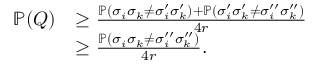
\begin{array} { r l } { \mathbb { P } ( Q ) } & { \ge \frac { \mathbb { P } ( \sigma _ { i } \sigma _ { k } \ne \sigma _ { i } ^ { \prime } \sigma _ { k } ^ { \prime } ) + \mathbb { P } ( \sigma _ { i } ^ { \prime } \sigma _ { k } ^ { \prime } \ne \sigma _ { i } ^ { \prime \prime } \sigma _ { k } ^ { \prime \prime } ) } { 4 r } } \\ & { \ge \frac { \mathbb { P } ( \sigma _ { i } \sigma _ { k } \ne \sigma _ { i } ^ { \prime \prime } \sigma _ { k } ^ { \prime \prime } ) } { 4 r } . } \end{array}